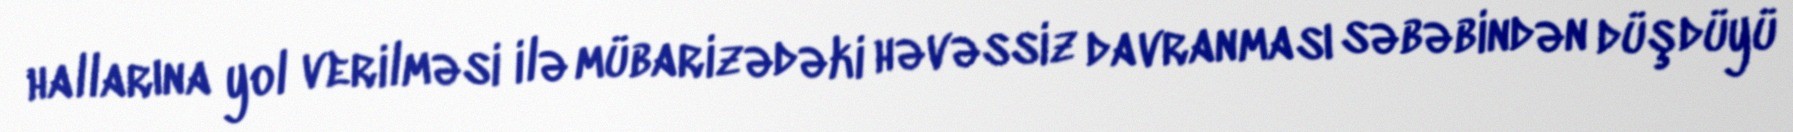
hallarına yol verilməsi ilə mübarizədəki həvəssiz davranması səbəbindən düşdüyü